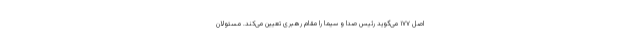
اصل ۱۷۷ می‌گوید رئیس صدا و سیما را مقام رهبری تعیین می‌کند. مسئولان